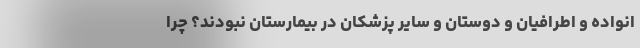
انواده و اطرافیان و دوستان و سایر پزشکان در بیمارستان نبودند؟ چرا